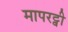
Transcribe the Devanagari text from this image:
मापरट्वी